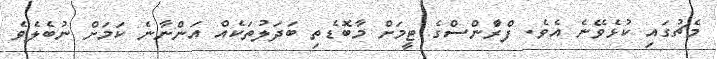
މެޗުގައި ކުޅެވޭނެ އެވެ. ފްރާްންސްގެ ޓީމަށް މާބޮޑެތި ބަދަލުތަކެއް އަންނާނެ ކަމަށް ނުބެލެވެ